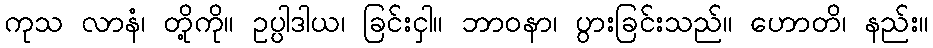
ကုသ လာနံ၊ တို့ကို။ ဥပ္ပါဒါယ၊ ခြင်းငှါ။ ဘာဝနာ၊ ပွားခြင်းသည်။ ဟောတိ၊ နည်း။